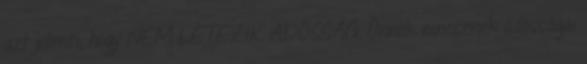
azt jelenti, hogy NEM LÉTEZIK ADÓSSÁG. Önnek nincsenek adósságai